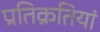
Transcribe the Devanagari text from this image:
प्रतिक्रतियां